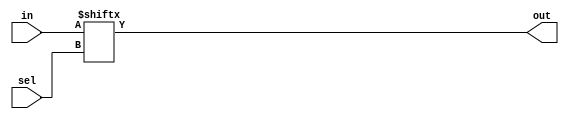
// This program was cloned from: https://github.com/milind7777/VerilogDocGen
// License: MIT License

module mux256to1 (
  input [255:0] in,
  input [7:0] sel,
  output  out

);

  assign out = in[sel];

endmodule